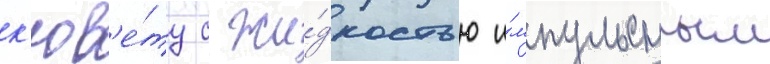
к'юв'е́ту с жи́дкостью и́мпульсным